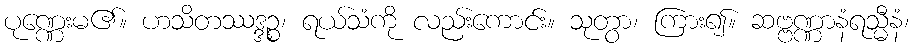
ပုဏ္ဏေးမ၏။ ဟသိတဿဒ္ဒဉ္စ၊ ရယ်သံကို လည်းကောင်း။ သုတွာ၊ ကြား၍။ ဆဗ္ဗဏ္ဏာနံရသ္မီနံ၊